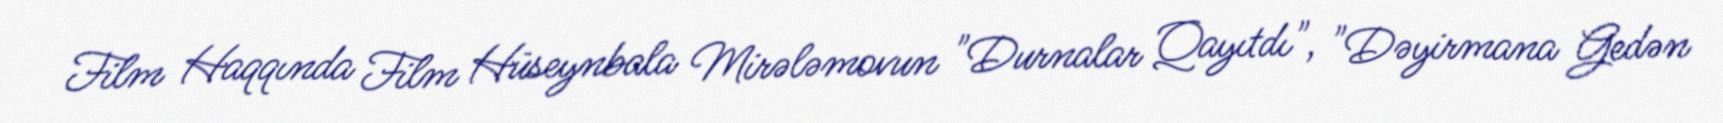
Film Haqqında Film Hüseynbala Mirələmovun "Durnalar Qayıtdı", "Dəyirmana Gedən